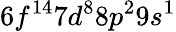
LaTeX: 6f^{14}7d^{8}8p^{2}9s^{1}